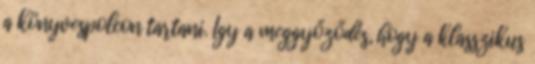
a könyvespolcon tartani. Így a meggyőződés, hogy a klasszikus